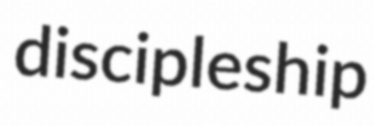
discipleship